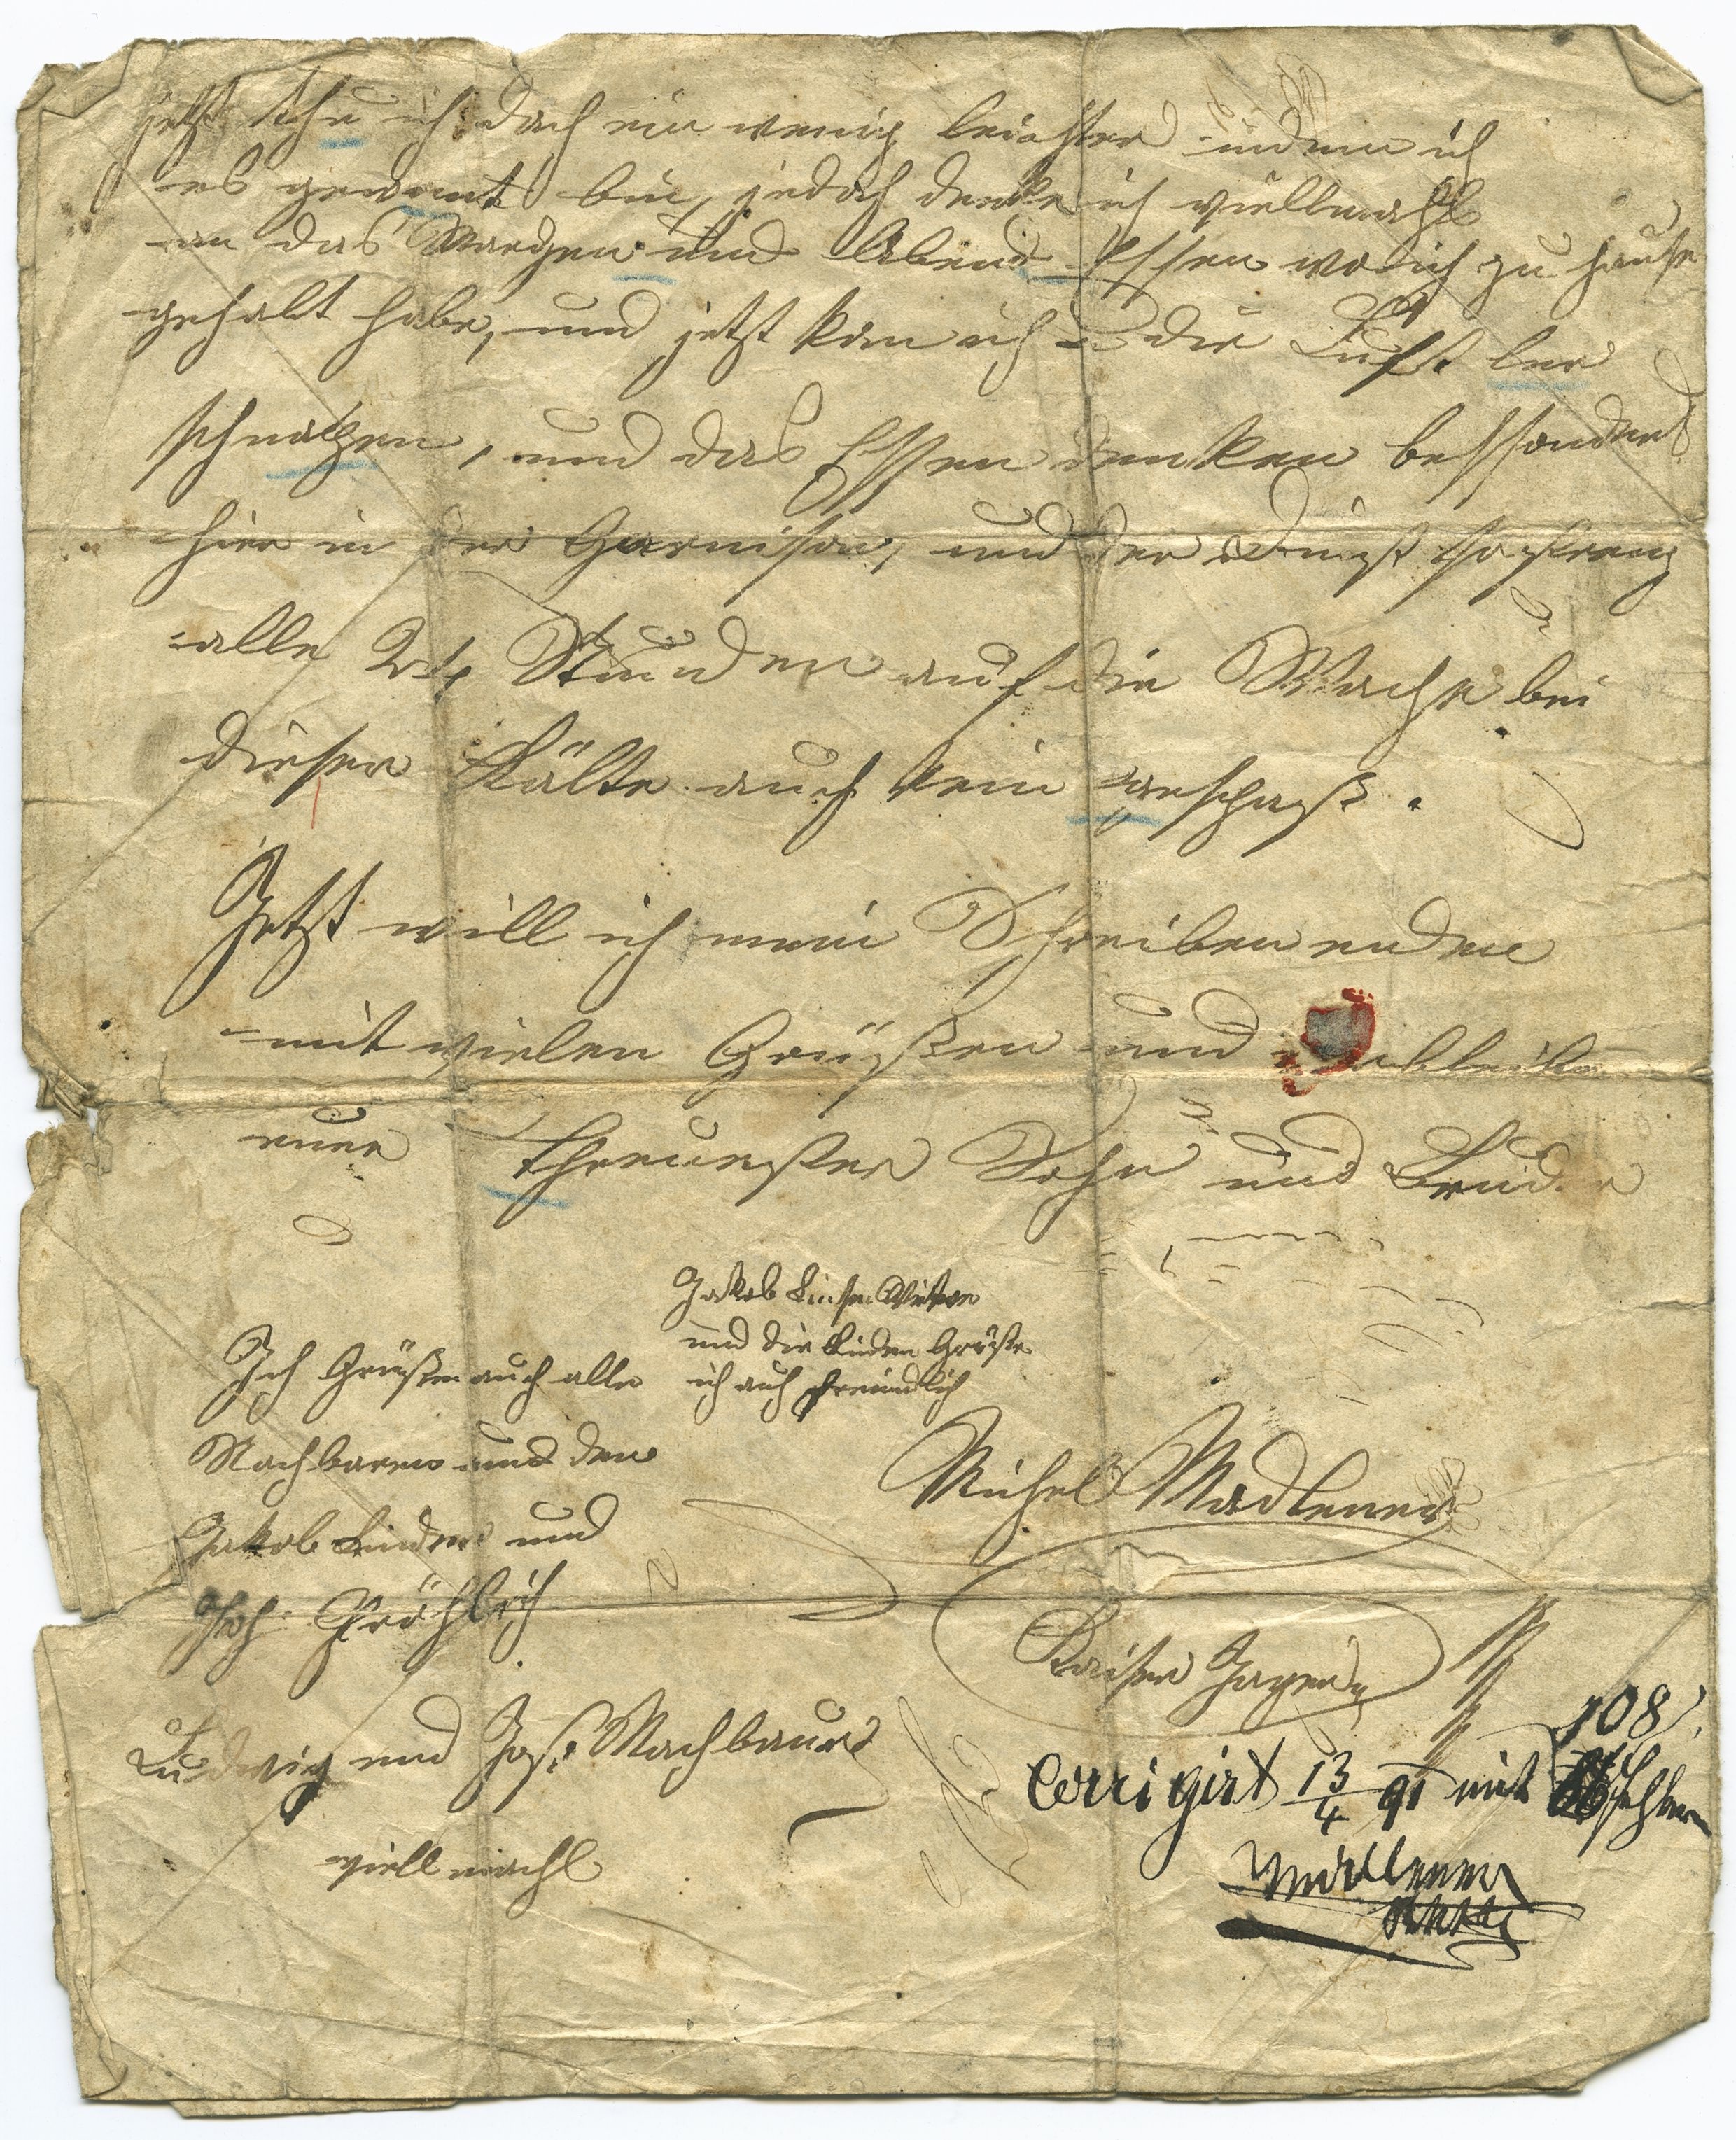
jezt thu ich doch ein wenig leichter indem ich
es gewont bin, jedoch denke ich viellmahl
an das Morgen und Abend Essen wo ich zu Hause
gehabt habe, und jetzt kan ich die Luft ler
schnapen, und das Essen denken bessonders
hier in der Garnison, und der Dienst so streng
alle 2 te Stunden auf die Wache bei
dieser Kälte auch kein gespaß.
Jetzt will ich mein Schreiben enden
mit vielen Grüßen und verbleibe
euer threuester Sohn und Bruder
Ich Grüßen auch alle
Nachbarn und den
Jakob Binder und
Joh. Fröhlich.
Jakob ser Witwe
und die Kinder Grüße
ich auch freundlich
Michel Madlener
Kaiser Jager
Ludwig und Jos. Machbauer
viell mahl
Corrigiert  13/4 91 mit 86 108 Fehlern